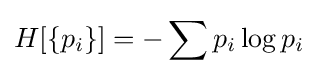
H[\{p_{i}\}]=-\sum p_{i}\log p_{i}